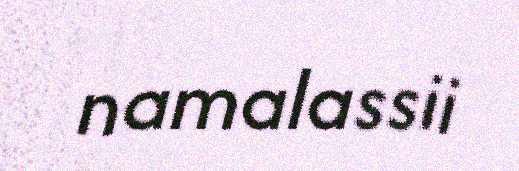
namalassii